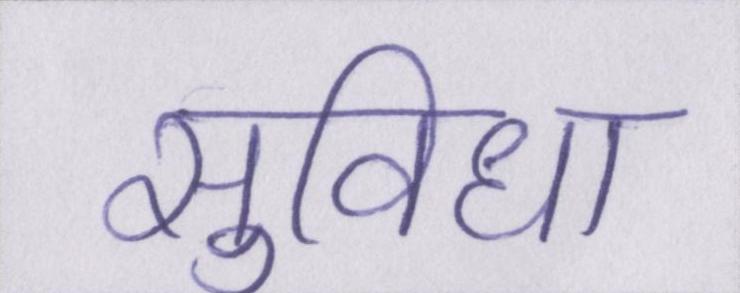
सुविधा